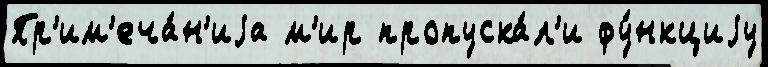
Пр'им'еча́н'иjа м'ир пропуска́л'и фу́нкциjу